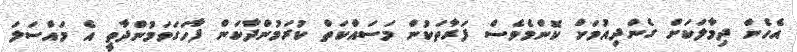
އެހެން ދިމާލަކަށް ގެންދިއުމަށް ކޮންމެވެސް ފަރާތަކުން މަސައްކަތް ކުރަމުންދާކަން ފާހަގަވަމުންދާތީ އެ މައްސަލަ